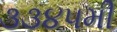
૩૩૪૫મી